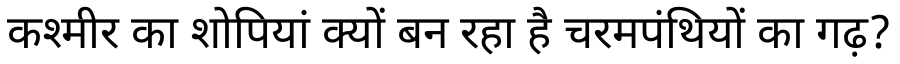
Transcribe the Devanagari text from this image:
कश्मीर का शोपियां क्यों बन रहा है चरमपंथियों का गढ़?